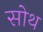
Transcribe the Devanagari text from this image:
सोथ